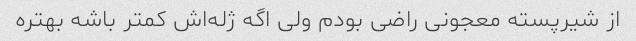
از شیرپسته معجونی راضی بودم ولی اگه ژله‌اش کمتر باشه بهتره